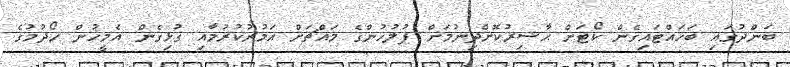
ބަންދުގައި ބަހައްޓައިގެން ކޯޓަށް ޙާޟިރުކޮށްދިނުމަށް ފުލުހުންގެ މައްޗަށް އަމުރުކުރުމާއި ގުޅިގެން އެމީހުން ހޯދުމުގެ